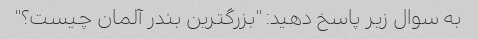
به سوال زیر پاسخ دهید: "بزرگترین بندر آلمان چیست؟"